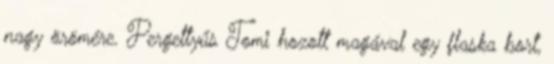
nagy örömére. Pergettyűs Tomi hozott magával egy flaska bort,